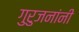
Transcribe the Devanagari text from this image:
गुरुजनांनी